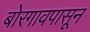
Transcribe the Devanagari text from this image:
बोरगावपासून